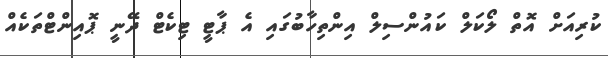
ކުރިއަށް އޮތް ލޯކަލް ކައުންސިލް އިންތިހާބުގައި އެ ޕާޓީ ޓިކެޓް ދޭނީ ޕޮއިންޓްތަކެއް